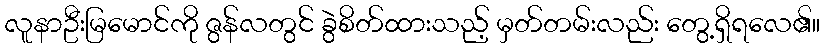
လူနာဦးမြမောင်ကို ဇွန်လတွင် ခွဲစိတ်ထားသည့် မှတ်တမ်းလည်း တွေ့ရှိရလေ၏။